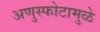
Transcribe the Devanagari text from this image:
अणुस्फोटामुळे